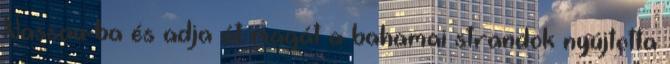
Nassau-ba és adja át magát a bahamai strandok nyújtotta